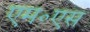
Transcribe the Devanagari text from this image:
एम॰एस